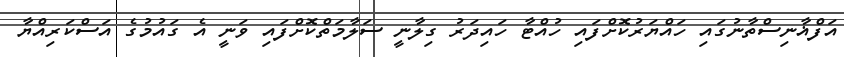
އަފްޣާނިސްތާނުގައި ހައްޔަރުކޮށްފައި ހުއްޓާ ހައިދަރު ގިލާނީ ސަލާމަތްކޮށްފައި ވަނީ އެ ގައުމުގެ އަސްކަރިއްޔާ